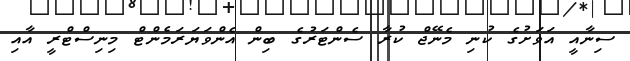
ސިނާއީ އަވަށުގެ ކުނި މެނޭޖް ކުރާ ސެންޓަރުގެ ބިން އެންވަޔަރަމެންޓް މިނިސްޓްރީ އާއި